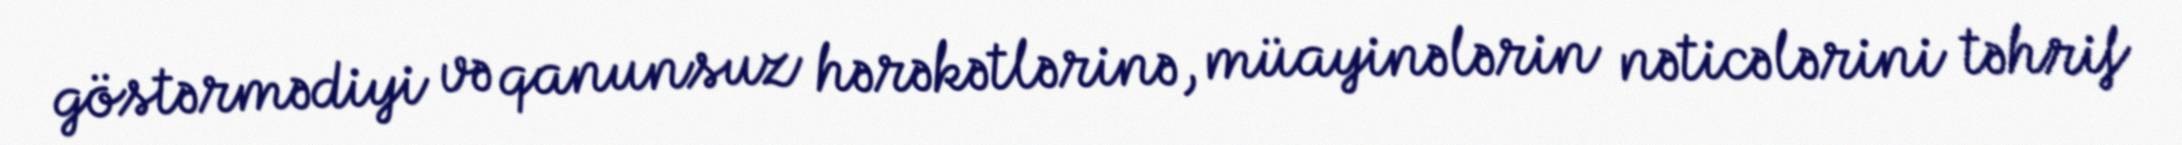
göstərmədiyi və qanunsuz hərəkətlərinə, müayinələrin nəticələrini təhrif